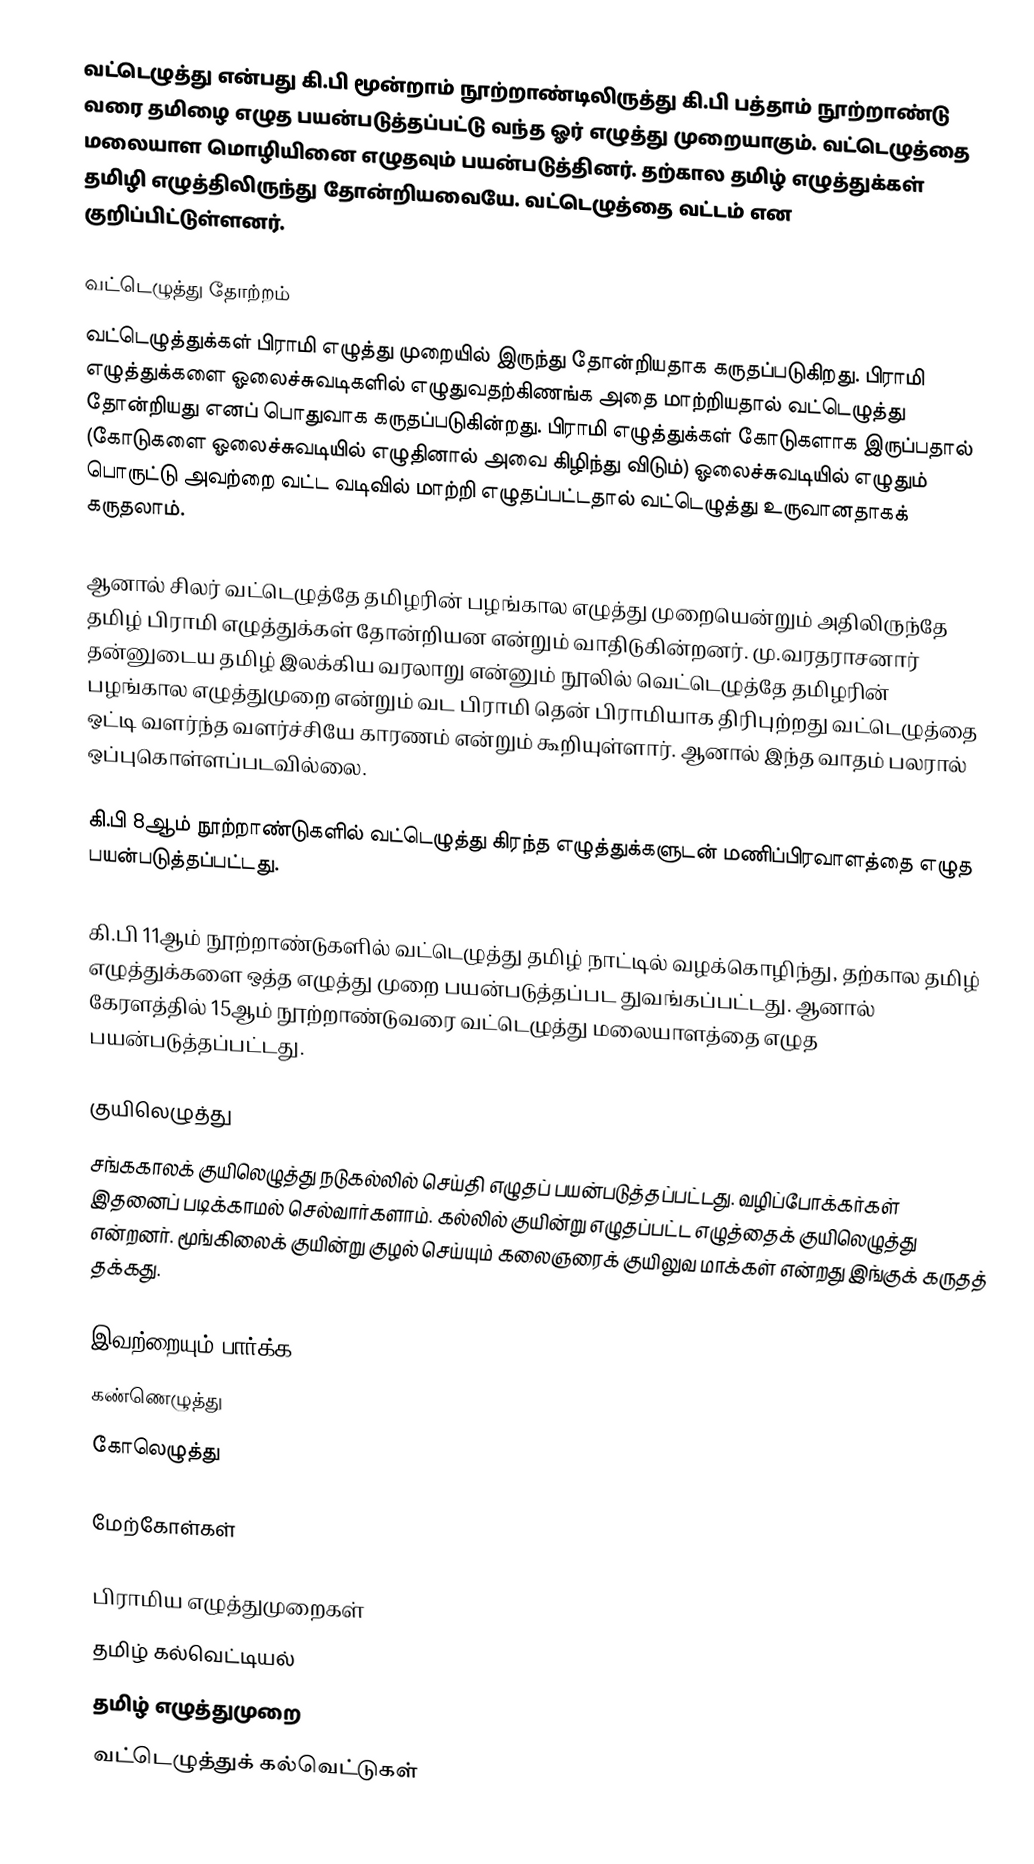
வட்டெழுத்து என்பது கி.பி மூன்றாம் நூற்றாண்டிலிருத்து கி.பி பத்தாம் நூற்றாண்டு வரை தமிழை எழுத பயன்படுத்தப்பட்டு வந்த ஓர் எழுத்து முறையாகும். வட்டெழுத்தை மலையாள மொழியினை எழுதவும் பயன்படுத்தினர். தற்கால தமிழ் எழுத்துக்கள் தமிழி எழுத்திலிருந்து  தோன்றியவையே. வட்டெழுத்தை வட்டம் என குறிப்பிட்டுள்ளனர்.

வட்டெழுத்து தோற்றம்
வட்டெழுத்துக்கள் பிராமி எழுத்து முறையில் இருந்து தோன்றியதாக கருதப்படுகிறது. பிராமி எழுத்துக்களை ஓலைச்சுவடிகளில் எழுதுவதற்கிணங்க அதை மாற்றியதால் வட்டெழுத்து தோன்றியது எனப் பொதுவாக கருதப்படுகின்றது. பிராமி எழுத்துக்கள் கோடுகளாக இருப்பதால் (கோடுகளை ஓலைச்சுவடியில் எழுதினால் அவை கிழிந்து விடும்) ஓலைச்சுவடியில் எழுதும் பொருட்டு அவற்றை வட்ட வடிவில் மாற்றி எழுதப்பட்டதால் வட்டெழுத்து உருவானதாகக் கருதலாம்.

ஆனால் சிலர் வட்டெழுத்தே தமிழரின் பழங்கால எழுத்து முறையென்றும் அதிலிருந்தே தமிழ் பிராமி எழுத்துக்கள் தோன்றியன என்றும் வாதிடுகின்றனர். மு.வரதராசனார் தன்னுடைய தமிழ் இலக்கிய வரலாறு என்னும் நூலில் வெட்டெழுத்தே தமிழரின் பழங்கால எழுத்துமுறை என்றும் வட பிராமி தென் பிராமியாக திரிபுற்றது வட்டெழுத்தை ஒட்டி வளர்ந்த வளர்ச்சியே காரணம் என்றும் கூறியுள்ளார். ஆனால் இந்த வாதம் பலரால் ஒப்புகொள்ளப்படவில்லை.

கி.பி 8ஆம் நூற்றாண்டுகளில் வட்டெழுத்து கிரந்த எழுத்துக்களுடன் மணிப்பிரவாளத்தை எழுத பயன்படுத்தப்பட்டது.

கி.பி 11ஆம் நூற்றாண்டுகளில் வட்டெழுத்து தமிழ் நாட்டில் வழக்கொழிந்து, தற்கால தமிழ் எழுத்துக்களை ஒத்த எழுத்து முறை பயன்படுத்தப்பட துவங்கப்பட்டது. ஆனால் கேரளத்தில் 15ஆம் நூற்றாண்டுவரை வட்டெழுத்து மலையாளத்தை எழுத பயன்படுத்தப்பட்டது.

குயிலெழுத்து
சங்ககாலக் குயிலெழுத்து நடுகல்லில் செய்தி எழுதப் பயன்படுத்தப்பட்டது. வழிப்போக்கர்கள் இதனைப் படிக்காமல் செல்வார்களாம். கல்லில் குயின்று எழுதப்பட்ட எழுத்தைக் குயிலெழுத்து என்றனர். மூங்கிலைக் குயின்று குழல் செய்யும் கலைஞரைக் குயிலுவ மாக்கள்   என்றது இங்குக் கருதத் தக்கது.

இவற்றையும் பார்க்க
 கண்ணெழுத்து
 கோலெழுத்து

மேற்கோள்கள்

பிராமிய எழுத்துமுறைகள்
தமிழ் கல்வெட்டியல்
தமிழ் எழுத்துமுறை
வட்டெழுத்துக் கல்வெட்டுகள்